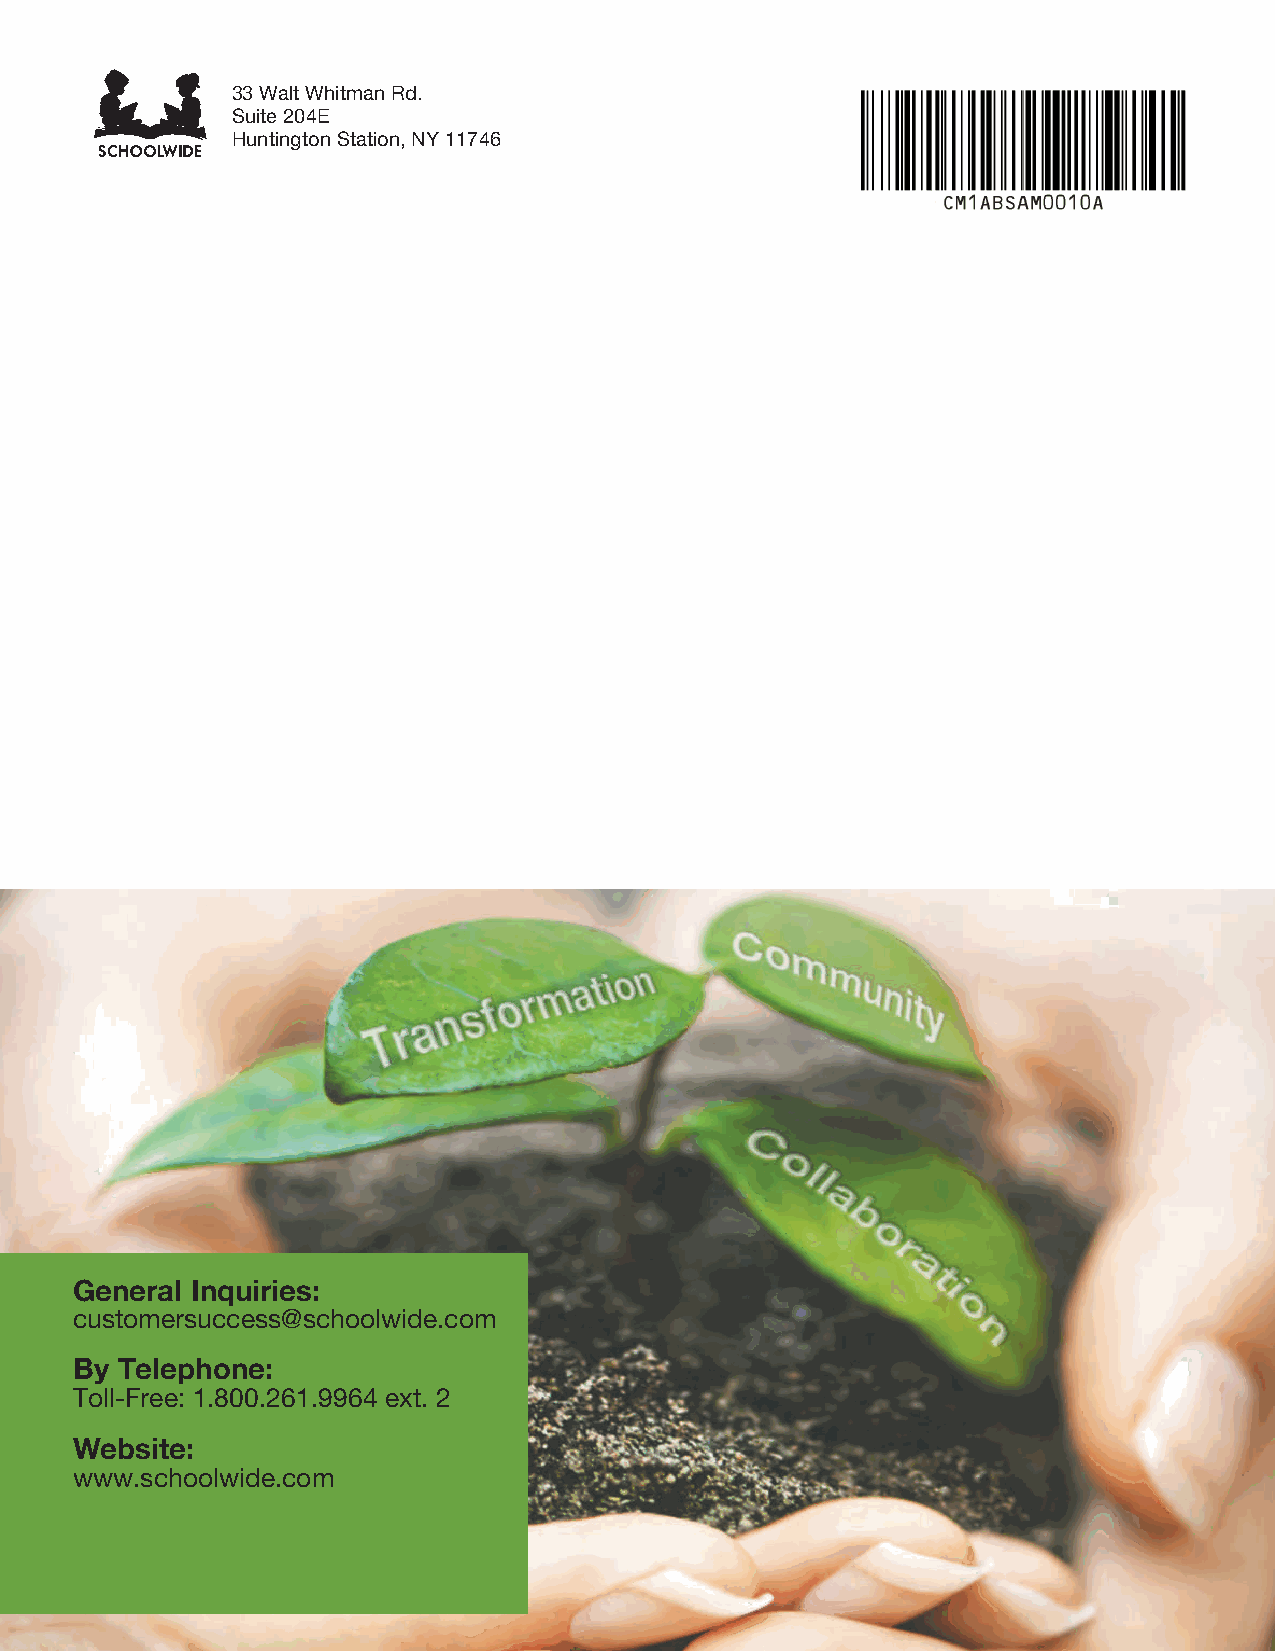
2018 ProdSamp_Layout 1 7/28/17 12:18 PM Page 400
 33 Walt Whitman Rd.
 Suite 204E
 Huntington Station, NY 11746
 General Inquiries:
 customersuccess@schoolwide.com
 By Telephone:
 Toll-Free: 1.800.261.9964 ext. 2
 Website:
 www.schoolwide.com
 167